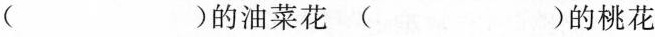
( )的油菜花( )的桃花